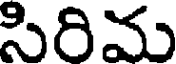
సిరిమ